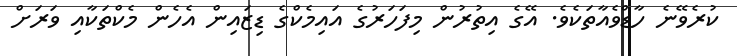
ކުރެވޭނެ ހާޑްވެއާތަކެވެ. އޭގެ އިތުރުން މިފަހަރުގެ އައިމެކްގެ ޑިޒައިން އެހެން މެކްތަކާއި ވަރަށް